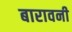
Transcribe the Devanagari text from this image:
बारावनी